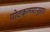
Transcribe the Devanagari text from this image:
पोटकलमानुसार